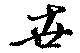
垚